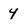
Character: 4